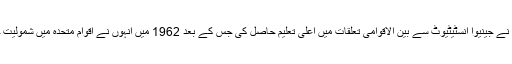
کوفی عنان نے جینیوا انسٹیٹیوٹ سے بین الاقوامی تعلقات میں اعلیٰ تعلیم حاصل کی جس کے بعد 1962 میں انہوں نے اقوام متحدہ میں شمولیت حاصل کی۔